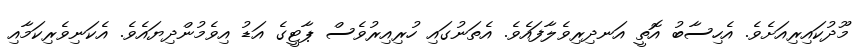
މޫދުކައިރިއަށެވެ. އެހިސާބު އޮތީ އަނދިރިވެލާފައެވެ. އެތަނުގައި ހުރިއިރުވެސް ޕާޓީގެ އަޑު އިވެމުންދިޔައެވެ. އެކަނިވެރިކަމާއި